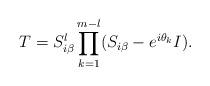
LaTeX: \begin{align*} T= S_{i \beta}^l \prod_{k=1}^{m-l}(S_{i \beta}- e^{i\theta_k}I).\end{align*}